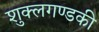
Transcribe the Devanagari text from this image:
शुक्लगण्डकी